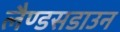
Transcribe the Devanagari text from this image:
लैण्डसडाउन